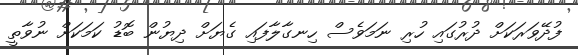
ފުދޭވަރަކަށް ދުރުގައި ހުރި ނަމަވެސް ހިނގާލާފައި ގެޔަށް ދިޔުން ބޮޑު ކަމަކަށް ނުވާތީީ